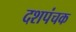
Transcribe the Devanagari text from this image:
दशपंचक